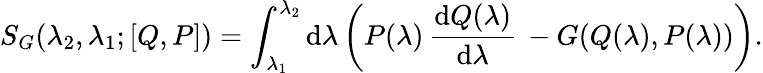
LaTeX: S_{G}(\lambda_{2},\lambda_{1};[Q,P])=\int_{\lambda_{1}}^{\lambda_{2}}\mathrm{d}\lambda\left(P(\lambda)\, {\frac{{\mathrm{d}Q(\lambda)}}{{\mathrm{d}\lambda}}}\, -G(Q(\lambda),P(\lambda))\right).